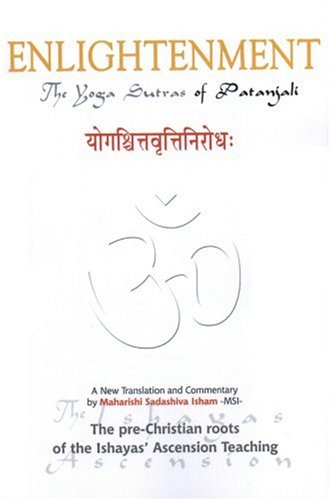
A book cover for Enlightenment! The Yoga Sutras of PataÃ±jali: A New Translation and Commentary; Maharishi Sadashiva Ishaya; Religion & Spirituality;